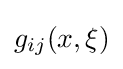
\displaystyle g_{ij}(x,\xi )